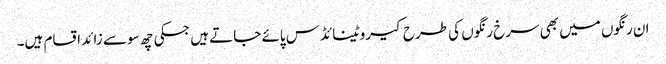
ان رنگوں میں بھی سرخ رنگوں کی طرح کیروٹینائڈس پائے جاتے ہیں جسکی چھ سو سے زائد اقسام ہیں۔